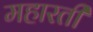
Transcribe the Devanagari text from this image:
महारती